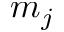
m _ { j }